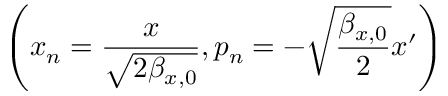
\left( x _ { n } = \frac { x } { \sqrt { 2 \beta _ { x , 0 } } } , p _ { n } = - \sqrt { \frac { \beta _ { x , 0 } } { 2 } } x ^ { \prime } \right)